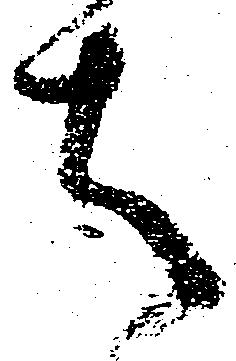
は